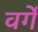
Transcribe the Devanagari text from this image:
वर्गें